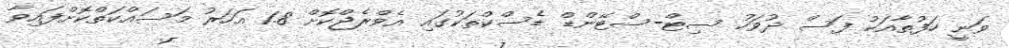
ވަނީ ހަފުތާއަކު ފަސް ދުވަހު ސިޓް-ސްޓޭންޑް ޑެސްކްތަކުގައި އެވްރެޖްކޮށް 1.8 އަހަރު މަސައްކަތްކޮށްފައިވާ